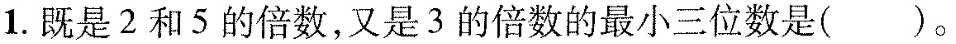
1.既是2和5的倍数，又是3的倍数的最小三位数是( )。